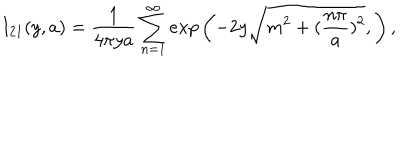
I _ { 2 1 } ( y , a ) = \frac { 1 } { 4 \pi y a } \sum _ { n = 1 } ^ { \infty } e x p \left( - 2 y \sqrt { m ^ { 2 } + ( \frac { n \pi } { a } ) ^ { 2 } } , \right) ,